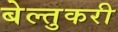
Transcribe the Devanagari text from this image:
बेल्तुकरी